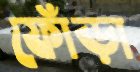
ফোঁড়া